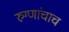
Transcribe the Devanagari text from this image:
रुग्णांचाच